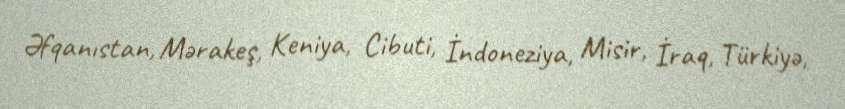
Əfqanıstan, Mərakeş, Keniya, Cibuti, İndoneziya, Misir, İraq, Türkiyə,